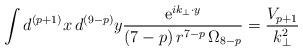
LaTeX: \begin{align*}\int d^{(p+1)}x\,d^{(9-p)}y \frac{{\rm e}^{i k_{\bot} \cdot y}}{(7-p)\,r^{7-p}\,\Omega_{8-p}}= \frac{V_{p+1}}{k_\bot^2}\end{align*}